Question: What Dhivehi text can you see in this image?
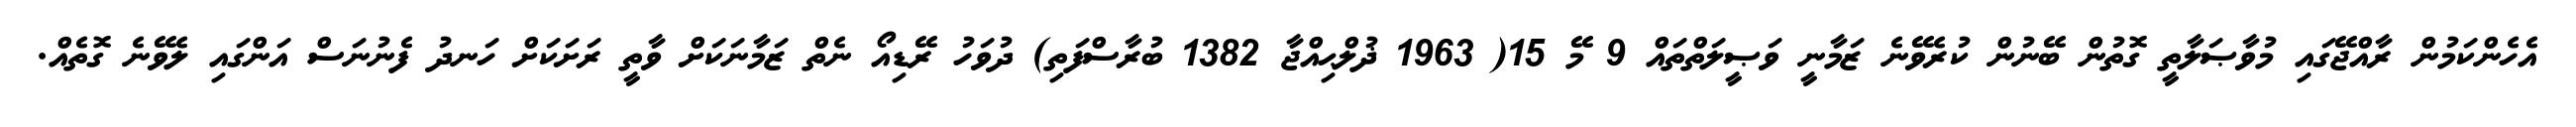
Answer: އެހެންކަމުން ރާއްޖޭގައި މުވާޞަލާތީ ގޮތުން ބޭނުން ކުރެވޭނެ ޒަމާނީ ވަޞީލަތްތައް 9 މޭ 15( 1963 ޛުލްޙިއްޖާ 1382 ބުރާސްފަތި) ދުވަހު ރޭޑިއޯ ނެތް ޒަމާނަކަށް ވާތީ ރަށަކަށް ހަނދު ފެނުނަސް އަންގައި ލެވޭނެ ގޮތެއް.